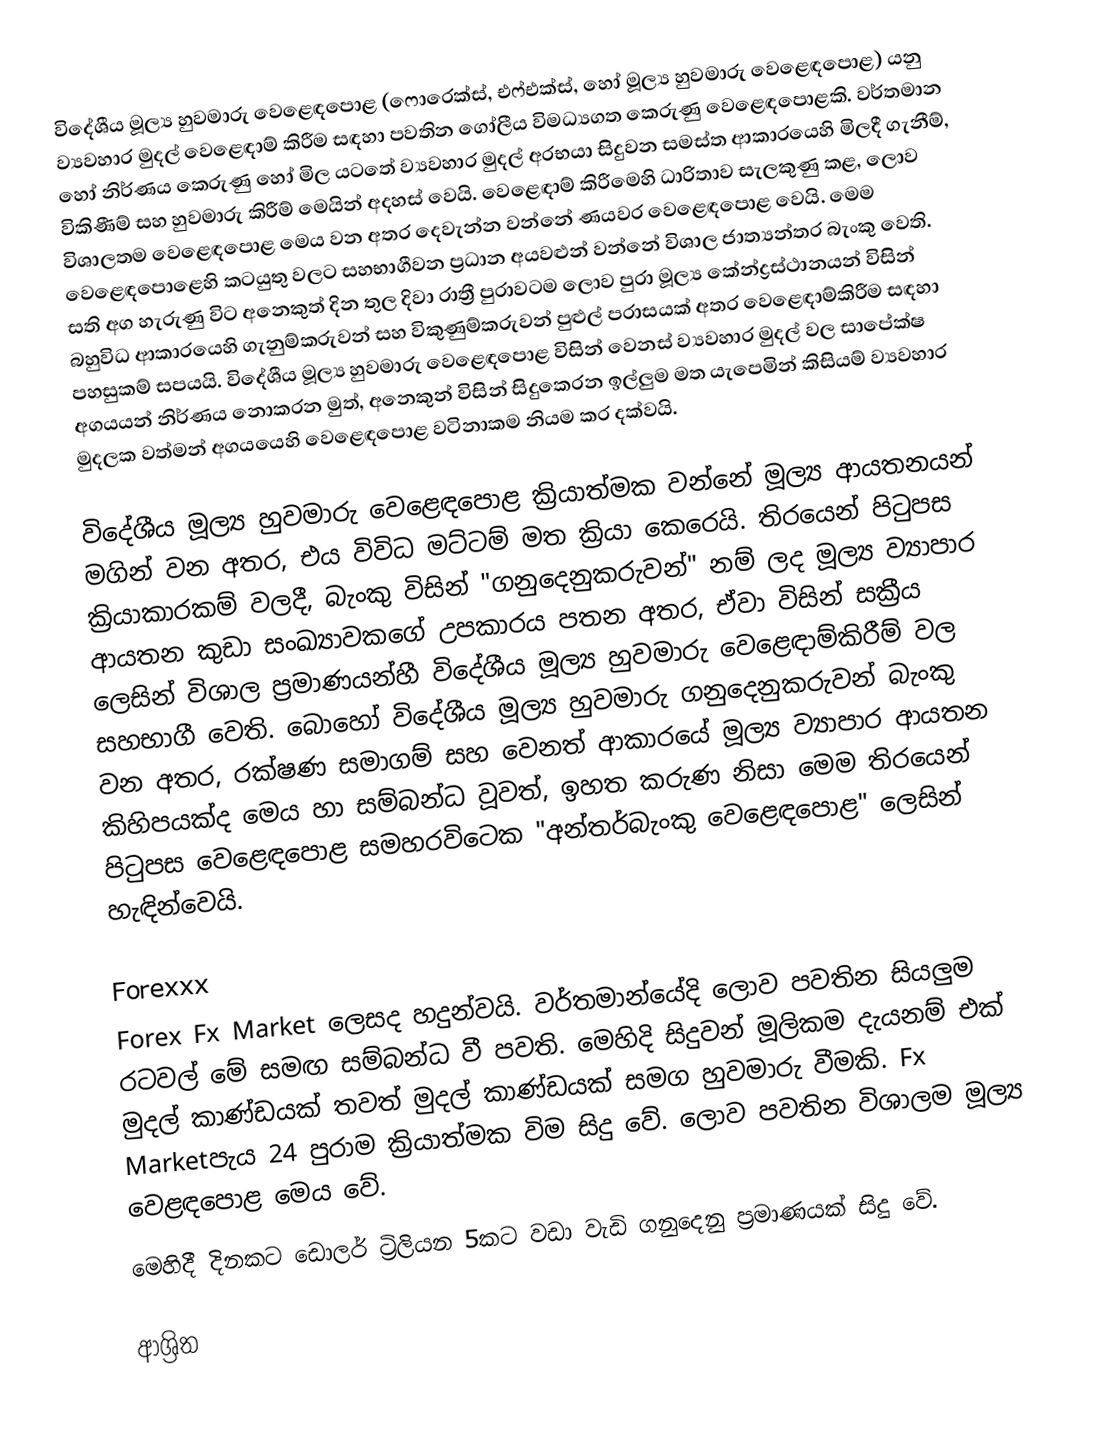
විදේශීය මූල්‍ය හුවමාරු වෙළෙඳපොළ (ෆොරෙක්ස්, එෆ්එක්ස්, හෝ  මූල්‍ය හුවමාරු වෙළෙඳපොළ) යනු  ව්‍යවහාර මුදල් වෙළෙඳාම් කිරීම සඳහා පවතින ගෝලීය විමධ්‍යගත කෙරුණු වෙළෙඳපොළකි. වර්තමාන හෝ නිර්ණය කෙරුණු හෝ මිල යටතේ ව්‍යවහාර මුදල් අරභයා සිදුවන සමස්ත ආකාරයෙහි මිලදී ගැනීම්, විකිණීම් සහ හුවමාරු කිරීම් මෙයින් අදහස් වෙයි. වෙළෙඳාම් කිරීමෙහි ධාරිතාව සැලකුණු කළ, ලොව විශාලතම වෙළෙඳපොළ මෙය වන අතර දෙවැන්න වන්නේ ණයවර වෙළෙඳපොළ වෙයි. මෙම වෙළෙඳපොළෙහි කටයුතු වලට සහභාගීවන ප්‍රධාන අයවළුන් වන්නේ  විශාල ජාත්‍යන්තර බැංකු වෙති. සති අග හැරුණු විට අනෙකුත් දින තුල දිවා රාත්‍රී පුරාවටම ලොව පුරා මූල්‍ය කේන්ද්‍රස්ථානයන් විසින් බහුවිධ ආකාරයෙහි ගැනුම්කරුවන් සහ විකුණුම්කරුවන් පුළුල් පරාසයක් අතර වෙළෙඳාම්කිරීම සඳහා පහසුකම් සපයයි. විදේශීය මූල්‍ය හුවමාරු වෙළෙඳපොළ විසින් වෙනස් ව්‍යවහාර මුදල් වල සාපේක්ෂ අගයයන් නිර්ණය නොකරන මුත්, අනෙකුන් විසින් සිදුකෙරන ඉල්ලුම මත යැපෙමින් කිසියම් ව්‍යවහාර මුදලක වත්මන් අගයයෙහි වෙළෙඳපොළ වටිනාකම නියම කර දක්වයි.

විදේශීය මූල්‍ය හුවමාරු වෙළෙඳපොළ ක්‍රියාත්මක වන්නේ මූල්‍ය ආයතනයන් මගින් වන අතර, එය විවිධ මට්ටම් මත ක්‍රියා කෙරෙයි. තිරයෙන් පිටුපස ක්‍රියාකාරකම් වලදී, බැංකු විසින් "ගනුදෙනුකරුවන්" නම් ලද මූල්‍ය ව්‍යාපාර ආයතන කුඩා සංඛ්‍යාවකගේ උපකාරය පතන අතර, ඒවා විසින් සක්‍රීය ලෙසින් විශාල ප්‍රමාණයන්හී විදේශීය මූල්‍ය හුවමාරු වෙළෙඳාම්කිරීම් වල සහභාගී වෙති.  බොහෝ විදේශීය මූල්‍ය හුවමාරු ගනුදෙනුකරුවන් බැංකු වන අතර, රක්ෂණ සමාගම් සහ වෙනත් ආකාරයේ මූල්‍ය ව්‍යාපාර ආයතන කිහිපයක්ද  මෙය හා සම්බන්ධ වූවත්, ඉහත කරුණ නිසා මෙම තිරයෙන් පිටුපස වෙළෙඳපොළ සමහරවිටෙක "අන්තර්බැංකු වෙළෙඳපොළ" ලෙසින් හැඳින්වෙයි.

Forexxx
Forex Fx Market  ලෙසද හදුන්වයි. වර්තමාන්යේදි ලොව පවතින සියලුම රටවල් මේ සමඟ සම්බන්ධ වී පවති. මෙහිදි සිදුවන් මූලිකම දැයනම් එක් මුදල් කාණ්ඩයක් තවත් මුදල් කාණ්ඩයක් සමග හුවමාරු වීමකි. Fx Marketපැය 24 පුරාම ක්‍රියාත්මක විම සිදු වේ. ලොව පවතින විශාලම මූල්‍ය වෙළඳපොළ මෙය වේ.
මෙහිදී දිනකට ඩොලර් ට්‍රිලියන 5කට වඩා වැඩි ගනුදෙනු ප්‍රමාණයක් සිදු වේ.

ආශ්‍රිත